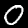
Label: 0